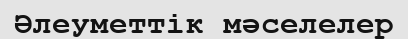
Әлеуметтік мәселелер